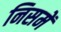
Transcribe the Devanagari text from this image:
निसमें